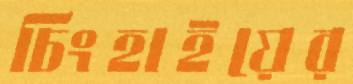
চিংহাইয়ের